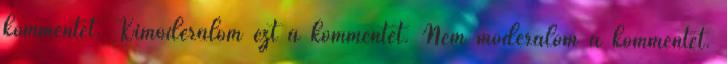
kommentet. Kimoderálom ezt a kommentet. Nem moderálom a kommentet.